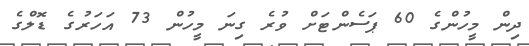
ދިން މީހުންގެ 60 ޕަސެންޓަށް ވުރެ ގިނަ މީހުން 73 އަހަރުގެ ޑޮލްގެ